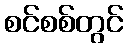
စင်စစ်တွင်